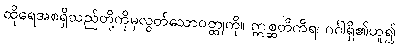
ထိုရေအစရှိသည်တို့ကိုမှလွတ်သောဝတ္ထုကို။ ဣစ္ဆတိကိရ၊ ဂင်္ဂါရှိ၏ဟူ၍